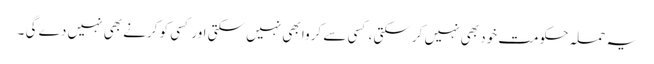
یہ حملہ حکومت خود بھی نہیں کرسکتی ، کسی سے کروا بھی نہیں سکتی اور کسی کو کرنے بھی نہیں دے گی ۔